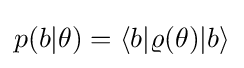
p(b|\theta )=\langle b\vert \varrho (\theta )\vert b\rangle